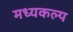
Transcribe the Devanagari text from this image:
मध्यकल्प